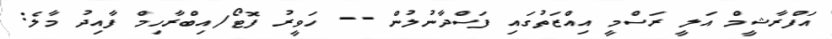
އަފްރާޝީމް އަލީ ރަސްމީ އިއްޒަތުގައި ފަސްދާނުލުން -- ހަވީރު ފޮޓޯ/އިބްރާހިމް ފާއިދު މާލެ: